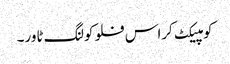
کومپیکٹ کراس فلو کولنگ ٹاور۔